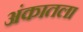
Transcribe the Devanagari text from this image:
अंकातला